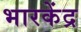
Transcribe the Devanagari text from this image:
भारकेंद्र